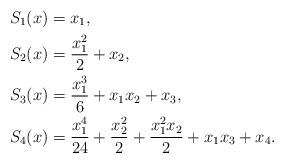
LaTeX: \begin{align*}S_1(x)&= x_1,\\ S_2(x) &= \frac{x_1^2}{2}+x_2, \\S_3(x) &= \frac{x_1^3}{6} + x_1x_2 + x_3 ,\\S_4(x) &= \frac{x_1^4}{24} + \frac{x_2^2}{2} + \frac{x_1^2x_2}{2}+ x_1x_3 + x_4.\end{align*}